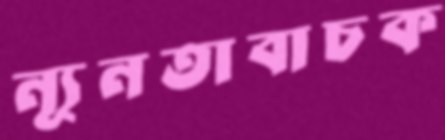
ন্যূনতাবাচক